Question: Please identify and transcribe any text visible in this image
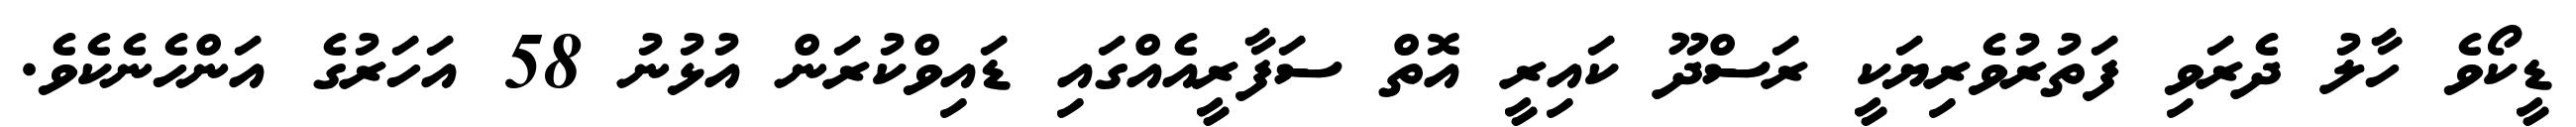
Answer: ޑީކޯވެ ހާލު ދެރަވި ފަތުރުވެރިޔަކީ ރަސްދޫ ކައިރީ އޮތް ސަފާރީއެއްގައި ޑައިވްކުރަން އުޅުނު 58 އަހަރުގެ އަންހެނެކެވެ.